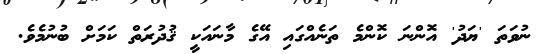
ނުވަތަ 'ޔަދު' އޮންނަ ކޮންމެ ތަނެއްގައި އޭގެ މާނައަކީ ޤުދުރަތް ކަމަށް ބުނުމެވެ.